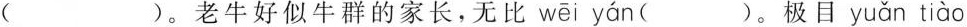
( )。老牛好似牛群的家长，无比 wēi yán ( )。极目 yuǎn tiào